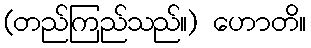
(တည်ကြည်သည်။) ဟောတိ။